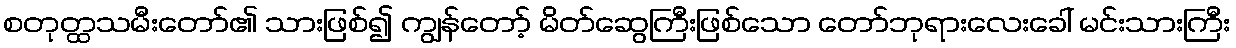
စတုတ္ထသမီးတော်၏ သားဖြစ်၍ ကျွန်တော့် မိတ်ဆွေကြီးဖြစ်သော တော်ဘုရားလေးခေါ် မင်းသားကြီး